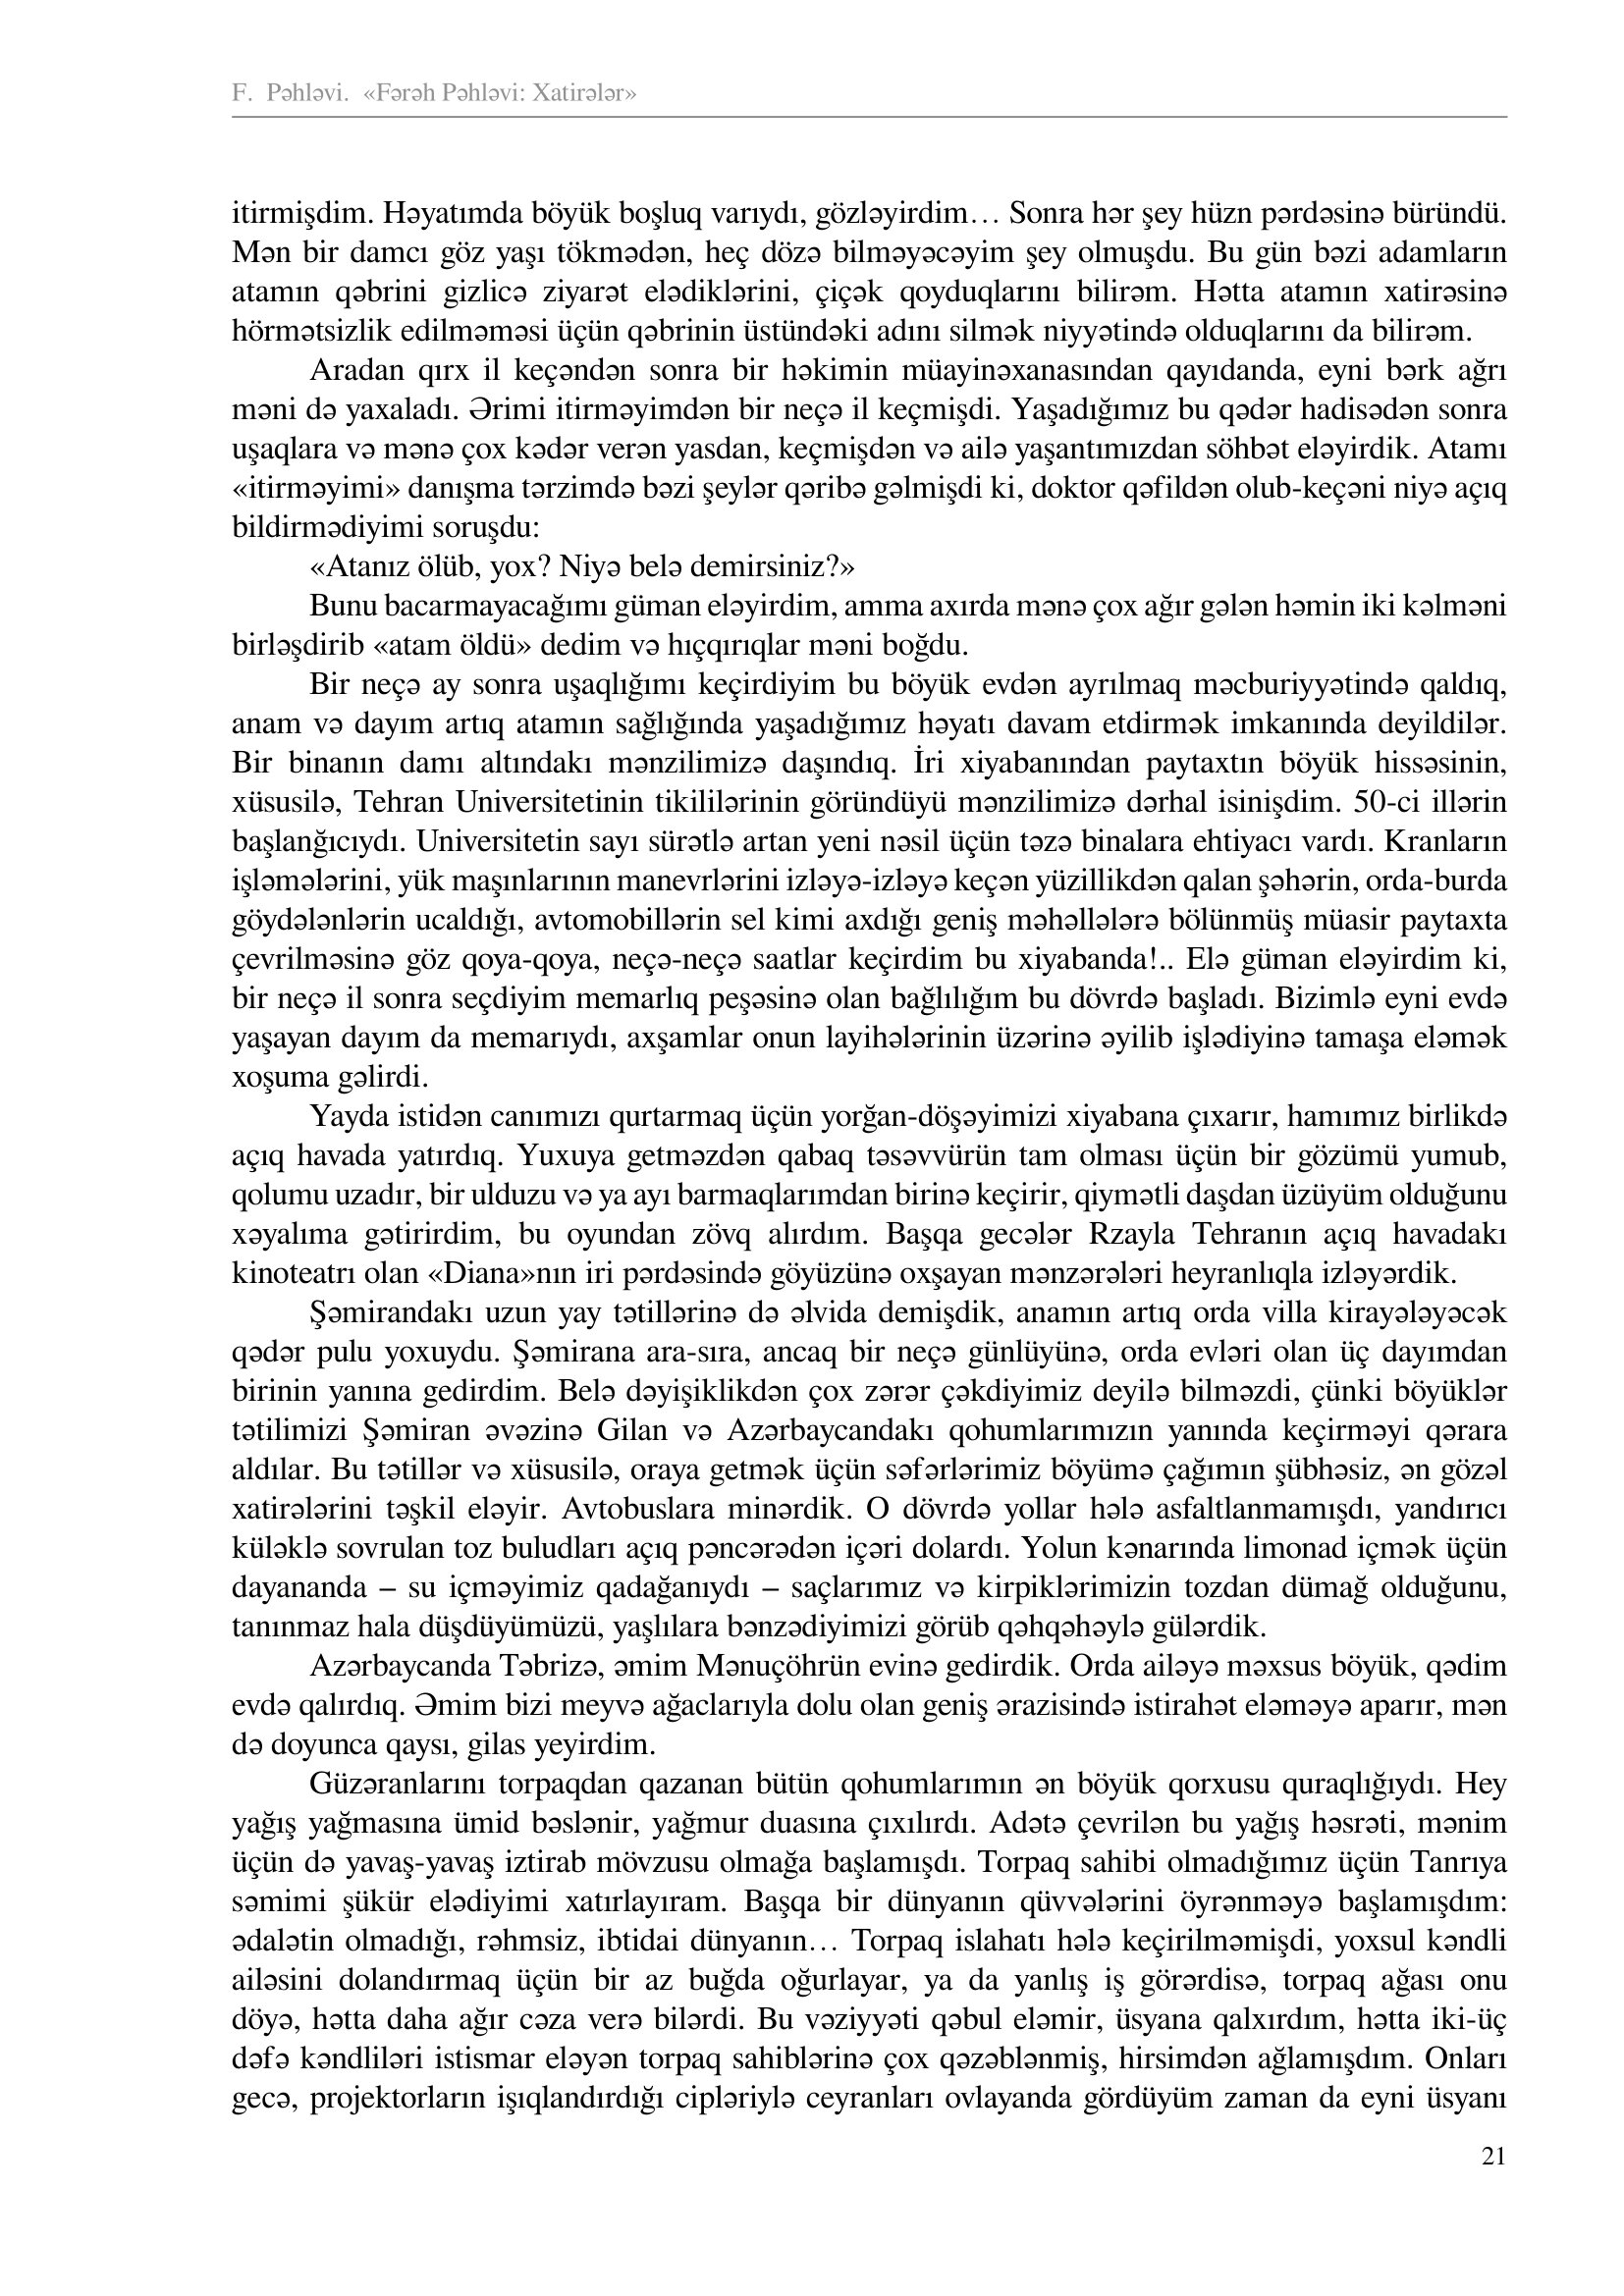
Language: az